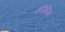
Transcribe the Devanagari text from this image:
एंजिलिना